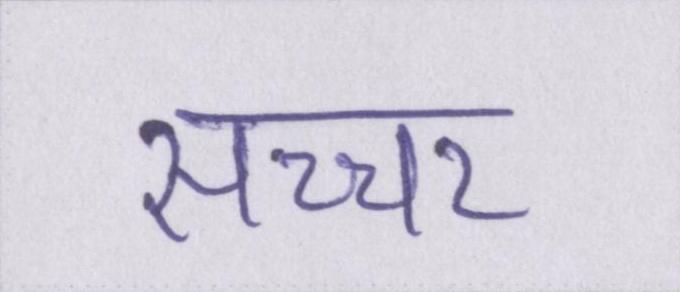
सच्चर